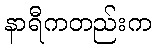
နာရီကတည်းက